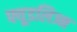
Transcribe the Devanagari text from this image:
फ्यूडलिज्म